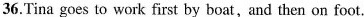
36.Tina goes to work first by boat,and then on foot.